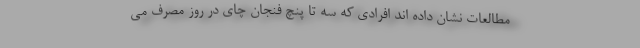
مطالعات نشان داده اند افرادی که سه تا پنچ فنجان چای در روز مصرف می